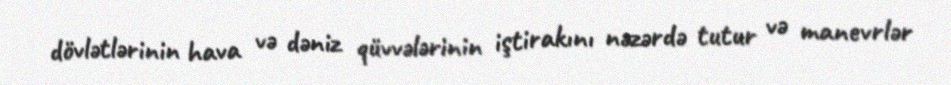
dövlətlərinin hava və dəniz qüvvələrinin iştirakını nəzərdə tutur və manevrlər